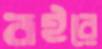
বইরে